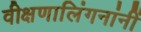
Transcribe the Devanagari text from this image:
वीक्षणालिंगनांनीं